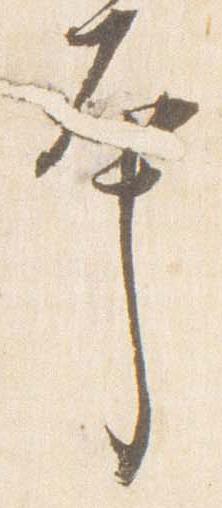
本